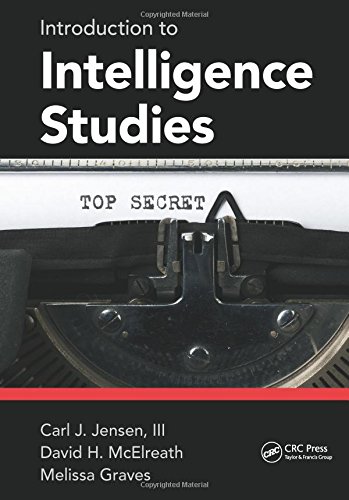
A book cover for Introduction to Intelligence Studies; Carl J. Jensen  III; Biographies & Memoirs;